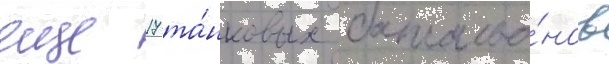
еще 17 та́нковых батальо́нов